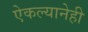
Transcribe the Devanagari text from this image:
ऐकल्यानेही